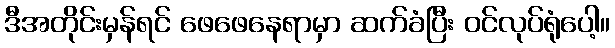
ဒီအတိုင်းမှန်ရင် ဖေဖေနေရာမှာ ဆက်ခံပြီး ဝင်လုပ်ရုံပေါ့။